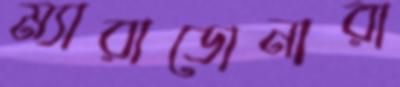
ম্যারাডোনারা